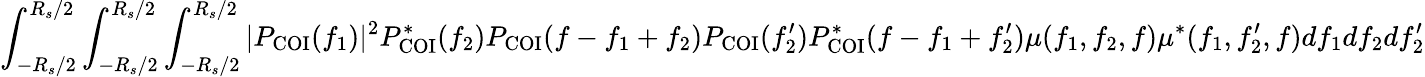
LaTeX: \int_{-R_{s}/2}^{R_{s}/2}\int_{-R_{s}/2}^{R_{s}/2}\int_{-R_{s}/2}^{R_{s}/2}|P_{\mathrm{COI}}(f_{1})|^{2}P_{\mathrm{COI}}^{\ast}(f_{2})P_{\mathrm{COI}}(f-f_{1}+f_{2})P_{\mathrm{COI}}(f_{2}^{\prime})P_{\mathrm{COI}}^{\ast}(f-f_{1}+f_{2}^{\prime})\mu(f_{1},f_{2},f)\mu^{\ast}(f_{1},f_{2}^{\prime},f)df_{1}df_{2}df_{2}^{\prime}